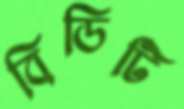
বিডিটি